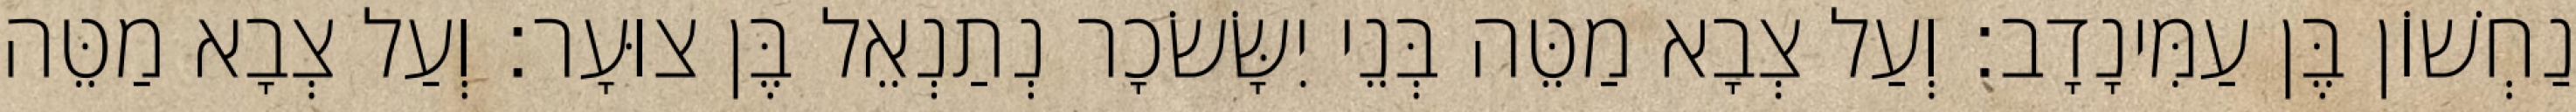
נַחְשׁוֹן בֶּן עַמִּינָדָב׃ וְעַל צְבָא מַטֵּה בְּנֵי יִשָּׂשׂכָר נְתַנְאֵל בֶּן צוּעָר׃ וְעַל צְבָא מַטֵּה